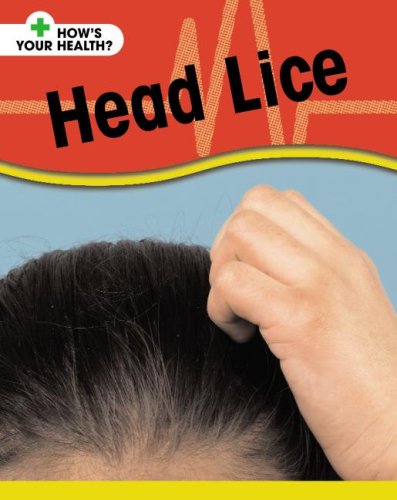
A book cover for Head Lice (How's Your Health?); Angela Royston; Health, Fitness & Dieting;